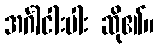
အင်္ဂါငါးပါး ဆို၏။